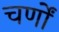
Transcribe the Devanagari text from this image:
चर्णों